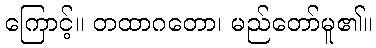
ကြောင့်။ တထာဂတော၊ မည်တော်မူ၏။